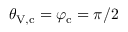
\theta _ { \mathrm { V , c } } = \varphi _ { \mathrm { c } } = \pi / 2